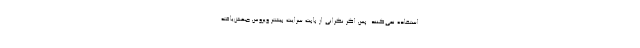
استفاده نمی‌کنند. پس اگر نگرانی از بابت سرایت بیشتر ویروس جهش‌یافته